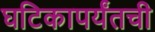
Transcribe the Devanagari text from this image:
घटिकापर्यंतची